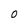
Character: O